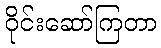
ဝိုင်းဆော်ကြတာ